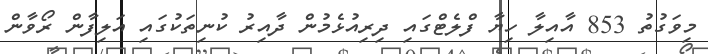
މިވަގުތު 853 އާއިލާ ހިޔާ ފްލެޓްގައި ދިރިއުޅެމުން ދާއިރު ކުނިތަކުގައި އަލިފާން ރޯވާން